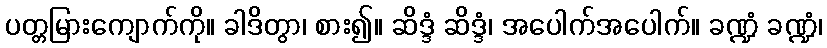
ပတ္တမြားကျောက်ကို။ ခါဒိတွာ၊ စား၍။ ဆိဒ္ဒံ ဆိဒ္ဒံ၊ အပေါက်အပေါက်။ ခဏ္ဍံ ခဏ္ဍံ၊